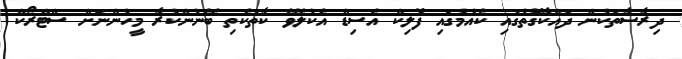
ދިރާސާތަކުން ދައްކާގޮތުގައި ކެއުމުގައި ފޮލިކް އެސިޑް އެކުލެވޭ ކާތަކެތި ބޭނުންކުރާ މީހުންނަށް ސްޓްރޯކް